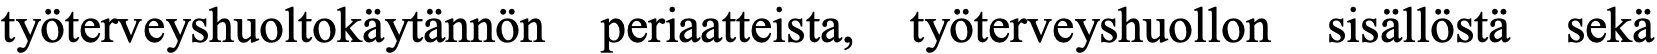
työterveyshuoltokäytännön periaatteista, työterveyshuollon sisällöstä sekä